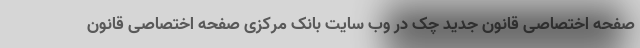
صفحه اختصاصی قانون جدید چک در وب سایت بانک مرکزی صفحه اختصاصی قانون